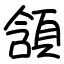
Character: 頷